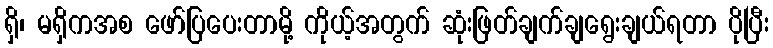
ရှိ၊ မရှိကအစ ဖော်ပြပေးတာမို့ ကိုယ့်အတွက် ဆုံးဖြတ်ချက်ချရွေးချယ်ရတာ ပိုပြီး